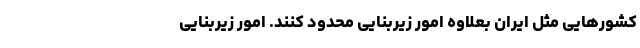
کشورهایی مثل ایران بعلاوه امور زیربنایی محدود کنند. امور زیربنایی